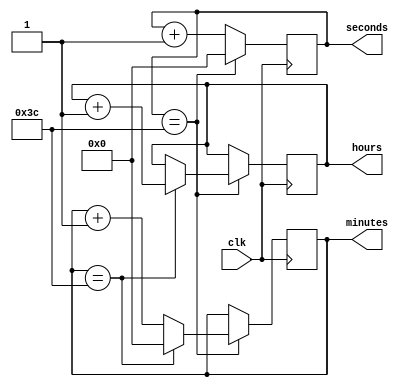
module real_time_clock (
    input wire clk,
    output reg [3:0] hours,
    output reg [5:0] minutes,
    output reg [5:0] seconds
);

reg [3:0] hours_count;
reg [5:0] minutes_count;
reg [5:0] seconds_count;

always @(posedge clk) begin
    seconds_count <= seconds_count + 1;
    if(seconds_count == 60) begin
        seconds_count <= 0;
        minutes_count <= minutes_count + 1;
        if(minutes_count == 60) begin
            minutes_count <= 0;
            hours_count <= hours_count + 1;
            if(hours_count == 24) begin
                hours_count <= 0;
            end
        end
    end
end

assign seconds = seconds_count;
assign minutes = minutes_count;
assign hours = hours_count;

endmodule